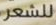
للشعر